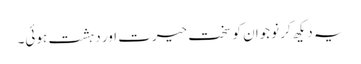
یہ دیکھ کر نوجوان کو سخت حیرت اور دہشت ہوئی۔